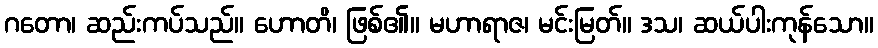
ဂတော၊ ဆည်းကပ်သည်။ ဟောတိ၊ ဖြစ်၏။ မဟာရာဇ၊ မင်းမြတ်။ ဒသ၊ ဆယ်ပါးကုန်သော။